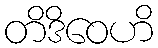
တိဒိဝေဟိ